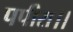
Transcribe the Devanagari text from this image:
पपीरा।।